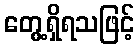
တွေ့ရှိရသဖြင့်